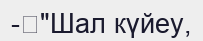
-	"Шал күйеу,